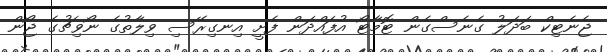
ޖެނެޓިކް ބަދަލު ގެނެސްގެން ޓޮމާޓޯ އުފައްދަން ފެށީ އިނގިރޭސި ވިލާތުގެ ނޯވިޗުގެ ޖޯން